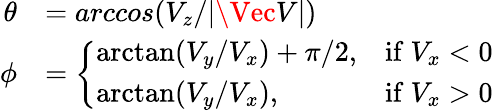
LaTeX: \begin{array}{rl}{\theta}&{=arccos({V_{z}/\lvert\Vec{V}\rvert})}\\ {\phi}&{=\left\{ \begin{array}{ll}{\arctan(V_{y}/V_{x})+\pi/2,}&{\mathrm{if~}V_{x}<0}\\ {\arctan(V_{y}/V_{x}),}&{\mathrm{if~}V_{x}>0}\end{array}\right.}\end{array}